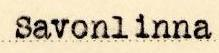
Savonlinna